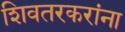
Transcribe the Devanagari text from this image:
शिवतरकरांना